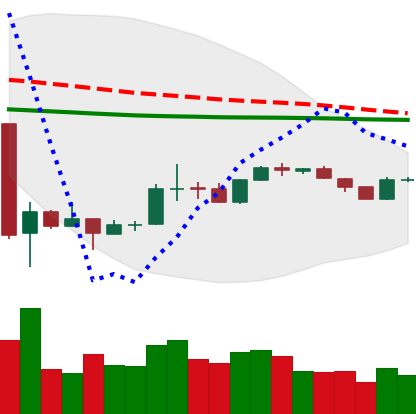
Ticker: BTC-USD
Chart end date: 2020-03-31
Forward return: 5.475%
Label: up_5_7